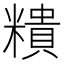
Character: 𥼩